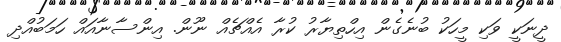
ދީނަކީ ވަކި މީހަކު ބުނެގެން އިހްތިޔާރު ކުރާ އެއްޗެއް ނޫން. އިންސާނާއައް ހަމަބުއްދި